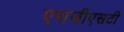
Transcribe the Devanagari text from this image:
एसजीएसटी